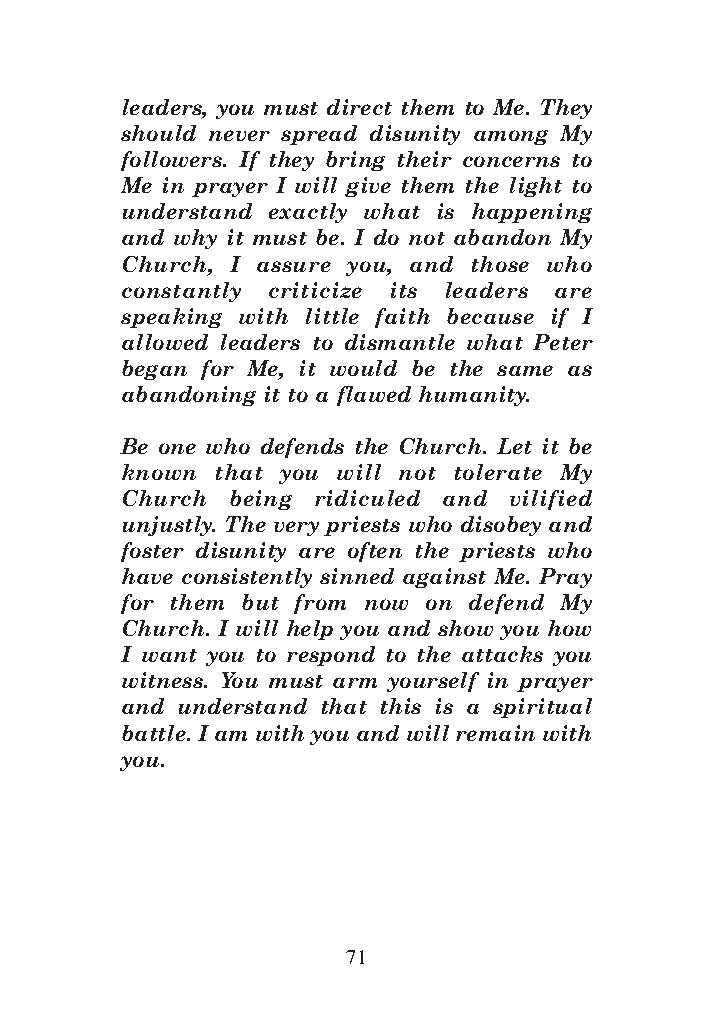
DFOT Vol 5 No App_1 12/3/13 8:54 PM Page 71
 leaders, you must direct them to Me. They
 should never spread disunity among My
 followers. If they bring their concerns to
 Me in prayer I will give them the light to
 understand exactly what is happening
 and why it must be. I do not abandon My
 Church, I assure you, and those who
 constantly criticize its leaders are
 speaking with little faith because if I
 allowed leaders to dismantle what Peter
 began for Me, it would be the same as
 abandoning it to a flawed humanity.
 Be one who defends the Church. Let it be
 known that you will not tolerate My
 Church being ridiculed and vilified
 unjustly. The very priests who disobey and
 foster disunity are often the priests who
 have consistently sinned against Me. Pray
 for them but from now on defend My
 Church. I will help you and show you how
 I want you to respond to the attacks you
 witness. You must arm yourself in prayer
 and understand that this is a spiritual
 battle. I am with you and will remain with
 you.
 71